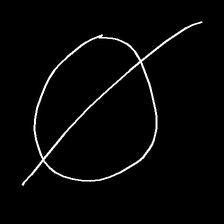
Glyph: orb